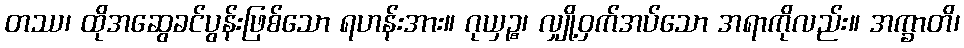
တဿ၊ ထိုအဆွေခင်ပွန်းဖြစ်သော ရဟန်းအား။ ဂုယှဉ္စ၊ လျှို့ဝှက်အပ်သော အရာကိုလည်း။ အက္ခာတိ၊